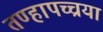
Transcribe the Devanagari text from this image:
तण्हापच्चया